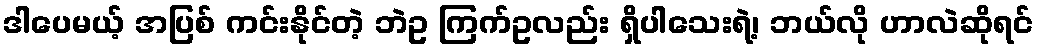
ဒါပေမယ့် အပြစ် ကင်းနိုင်တဲ့ ဘဲဥ ကြက်ဥလည်း ရှိပါသေးရဲ့၊ ဘယ်လို ဟာလဲဆိုရင်